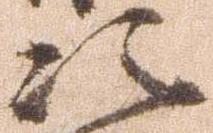
次